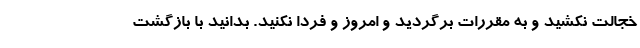
خجالت نکشید و به مقررات برگردید و امروز و فردا نکنید. بدانید با بازگشت